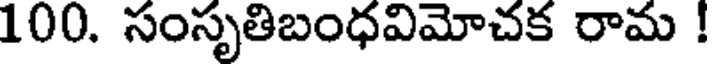
100. సంసృతిబంధవిమోచక రామ !